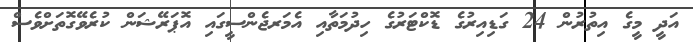
އަދީ މީގެ އިތުރުން 24 ގަޑިއިރުގެ ޑޮކްޓަރުގެ ހިދުމަތާއި އެމަރޖެންސީގައި އޮޕަރޭޝަން ކުރެވޭގޮތަށްވެސް